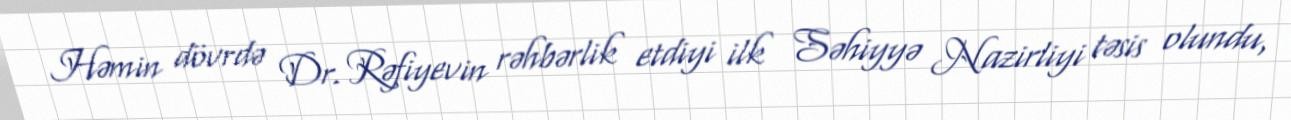
Həmin dövrdə Dr. Rəfiyevin rəhbərlik etdiyi ilk Səhiyyə Nazirliyi təsis olundu,